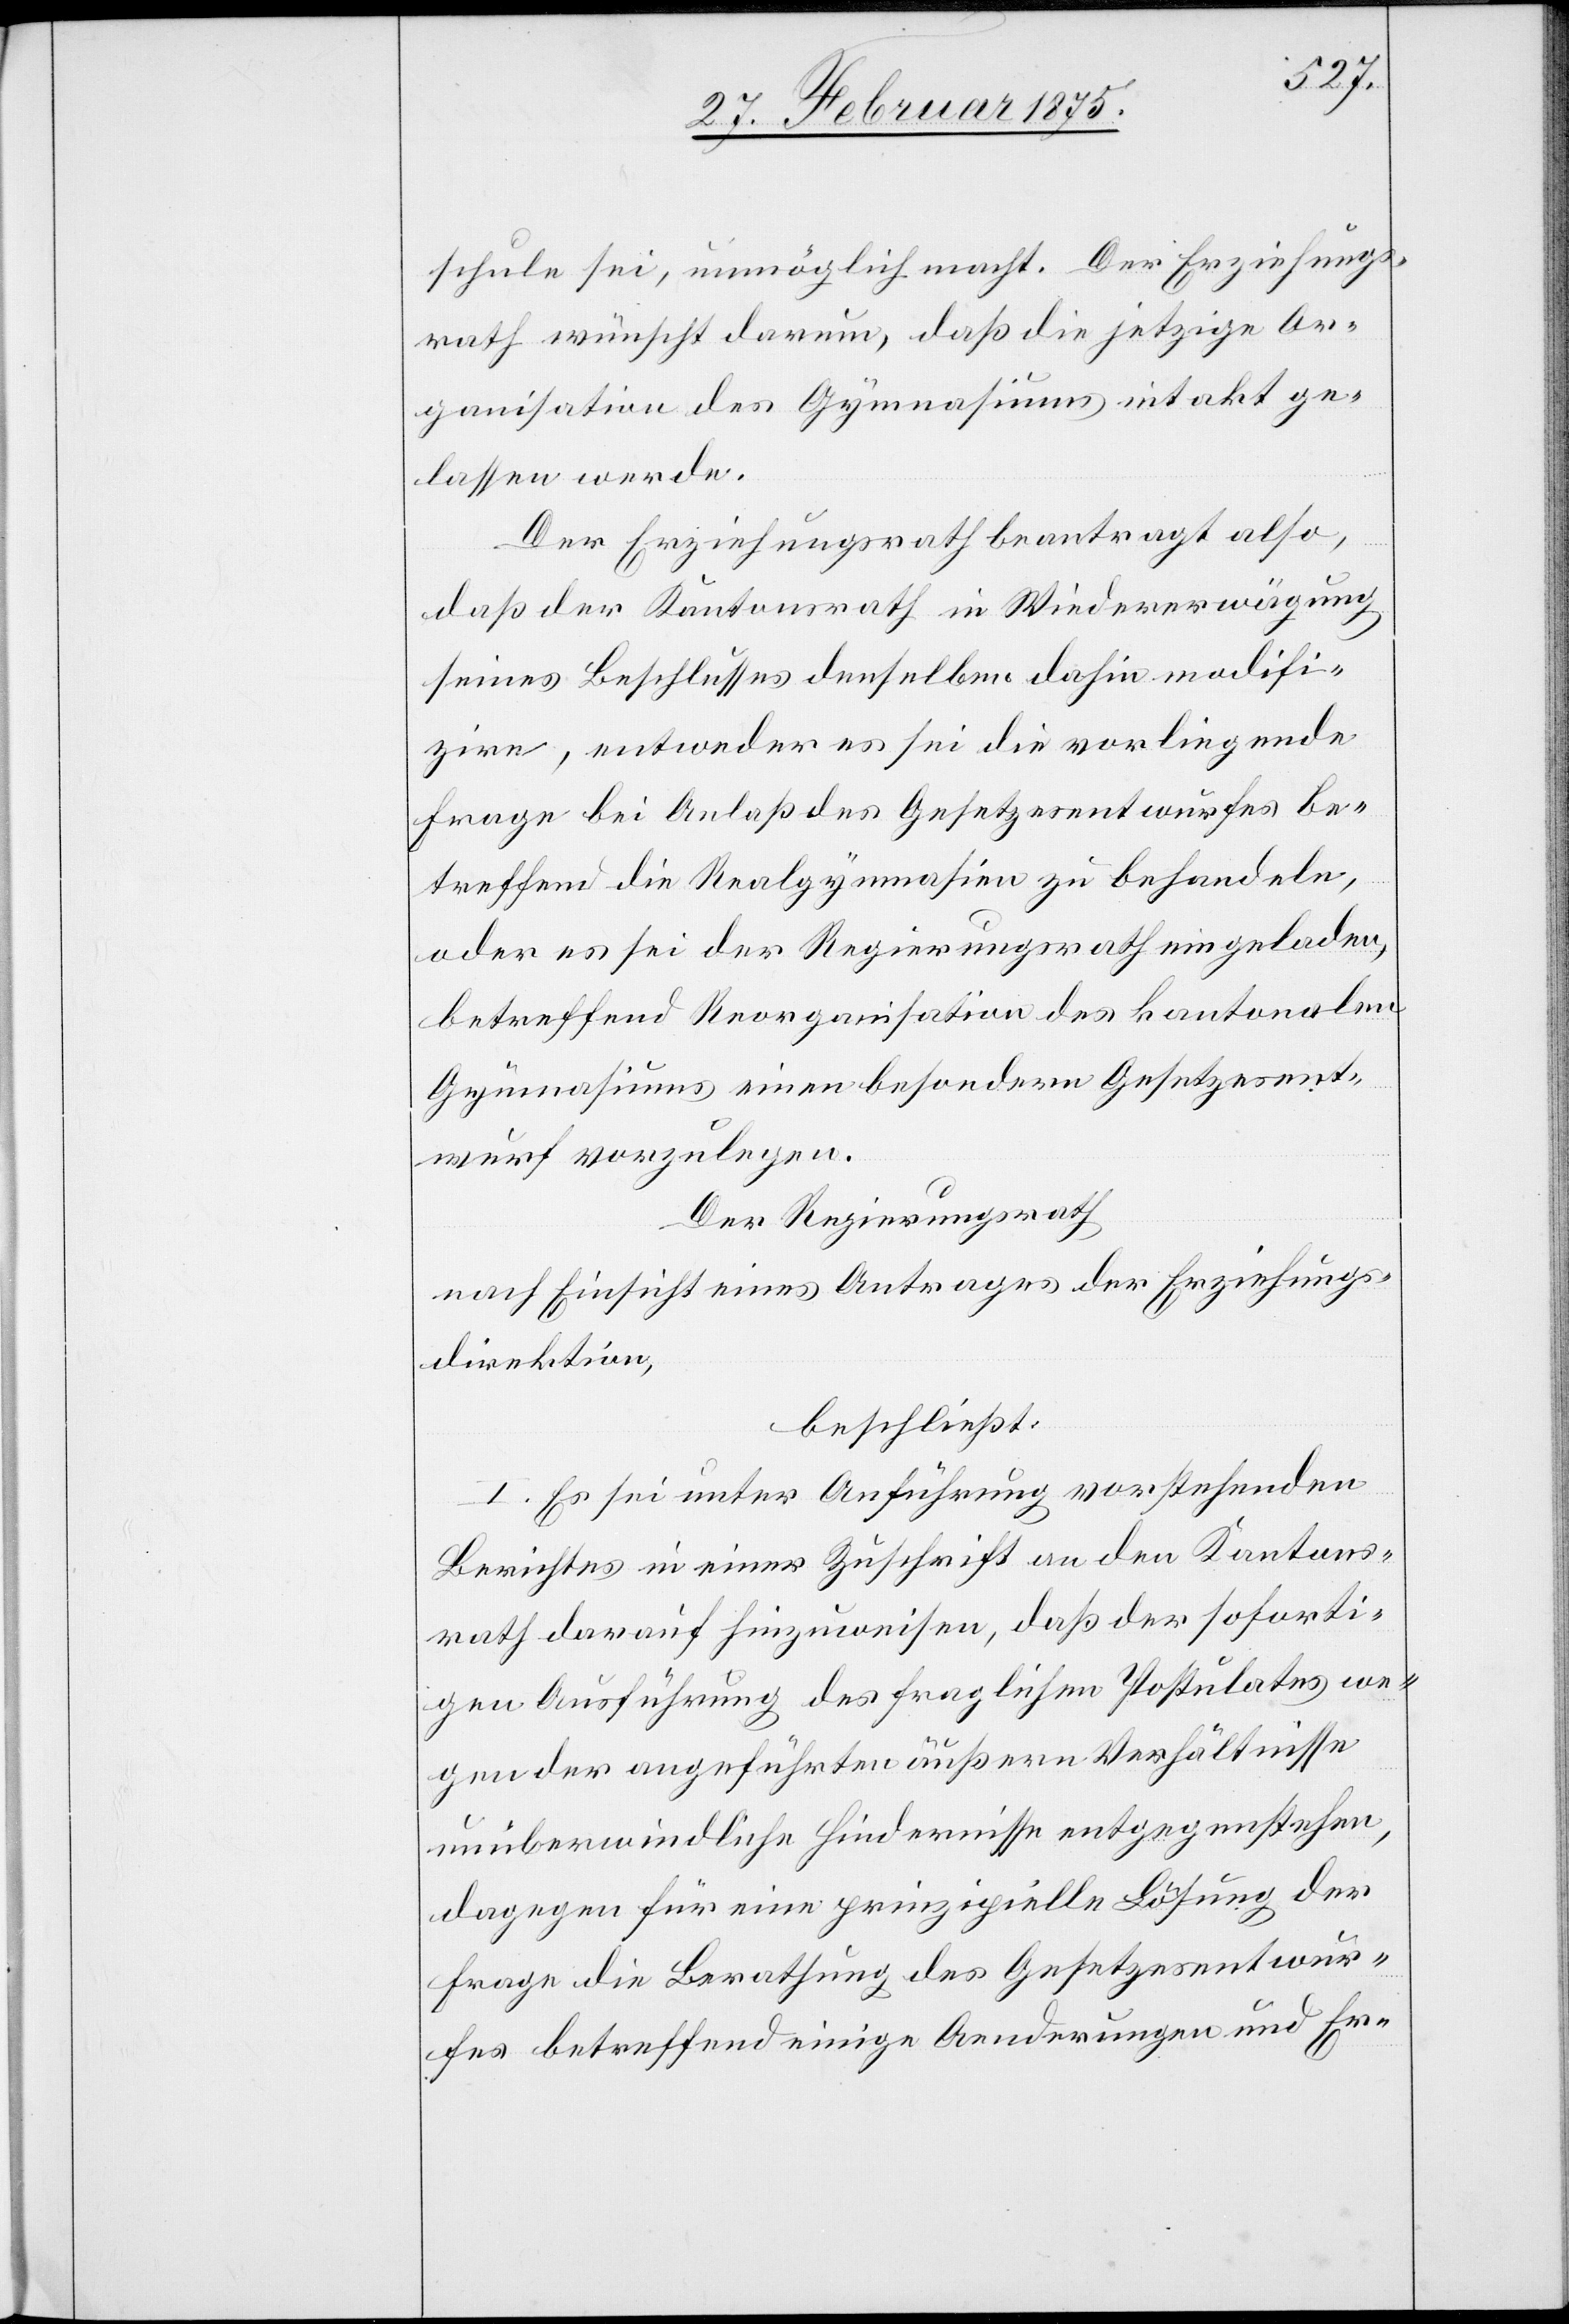
schule sei, unmöglich macht. Der Erziehungs¬
rath wünscht darum, daß die jetzige Or¬
ganisation des Gymnasiums intakt ge¬
lassen werde.
Der Erziehungsrath beantragt also,
daß der Kantonsrath in Wiedererwägung
seines Beschlusses denselben dahin modifi¬
zire, entweder es sei die vorliegende
Frage bei Anlaß des Gesetzesentwurfes be¬
treffend die Realgymnasien zu behandeln,
oder es sei der Regierungsrath eingeladen,
betreffende Reorganisation des kantonalen
Gymnasiums einen besondern Gesetzesent¬
wurf vorzulegen.
Der Regierungsrath
nach Einsicht eines Antrages der Erziehungs¬
direktion,
beschließt:
I. Es sei unter Anführung vorstehenden
Berichtes in einer Zuschrift an den Kantons¬
rath darauf hinzuweisen, daß der soforti¬
gen Ausführung des fraglichen Postulates we¬
gen der angeführten äußern Verhältnisse
unüberwindliche Hindernisse entgegenstehen,
dagegen für eine prinzipielle Lösung der
Frage die Berathung des Gesetzesentwur¬
fes betreffend einige Aenderungen und Er-